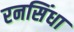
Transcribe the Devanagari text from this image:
रनसिंधा